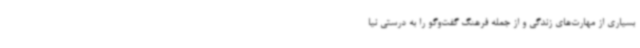
بسیاری از مهارت‌های زندگی و از جمله فرهنگ گفت‌وگو را به درستی نیا